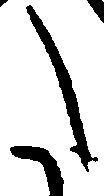
た